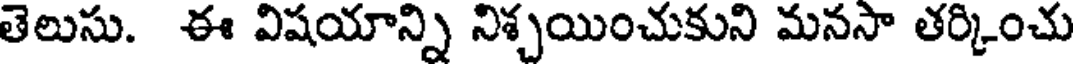
తెలుసు. ఈ విషయాన్ని నిశ్చయించుకుని మనసా తర్కించు